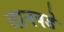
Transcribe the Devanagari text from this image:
तानवडे